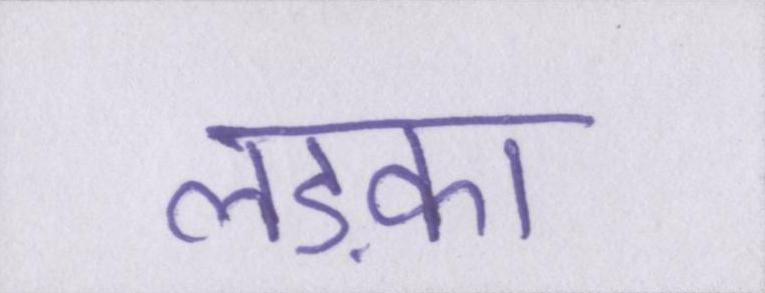
लड़का